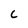
Character: C